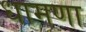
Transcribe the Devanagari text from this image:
धामणा